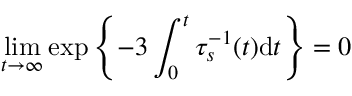
\operatorname* { l i m } _ { t \to \infty } \exp \left\{ - 3 \int _ { 0 } ^ { t } \tau _ { s } ^ { - 1 } ( t ) \mathrm { d } t \right\} = 0